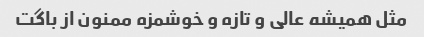
مثل همیشه عالی و تازه و خوشمزه ممنون از باگت